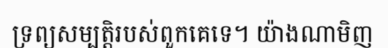
ទ្រព្យសម្បត្តិរបស់ពួកគេទេ។ យ៉ាងណាមិញ